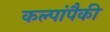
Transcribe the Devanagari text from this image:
कल्पांपैकी